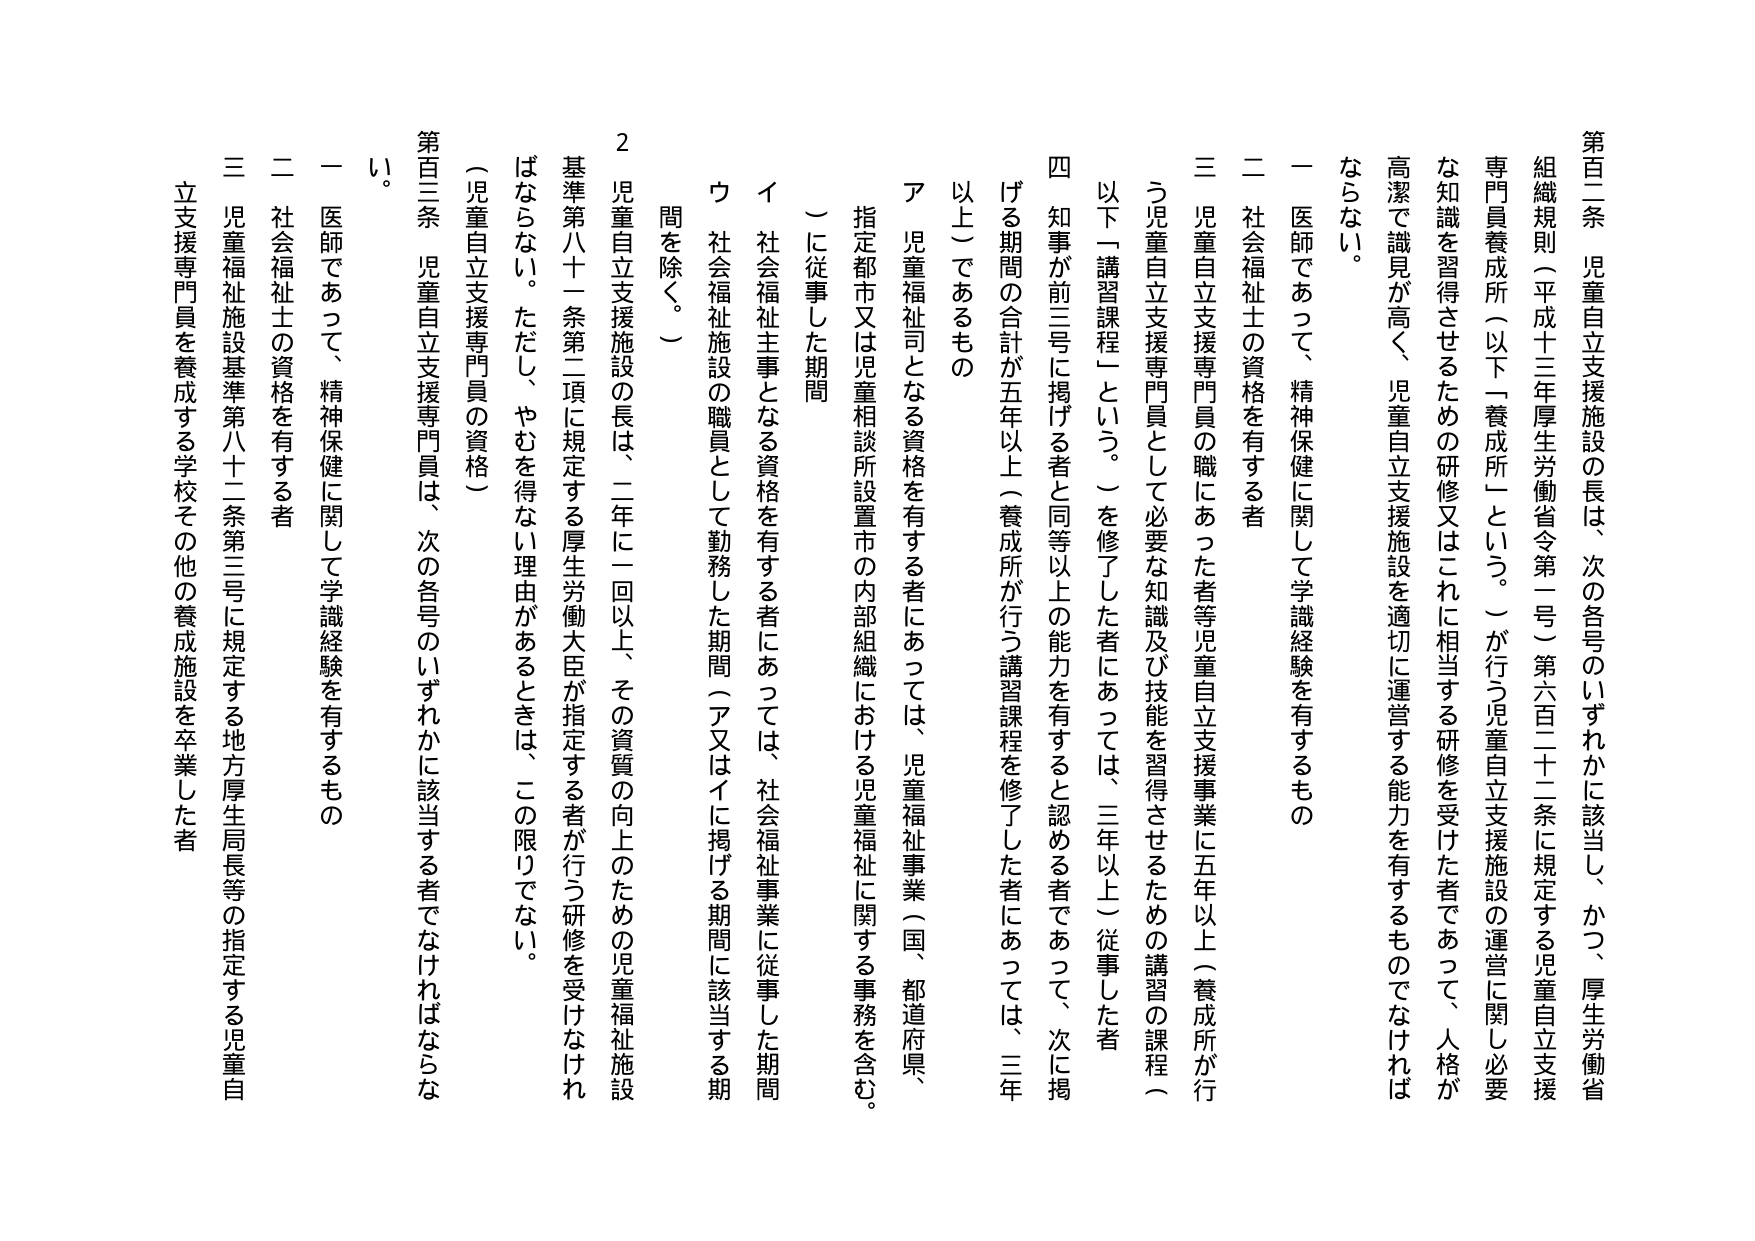
第百二条 児童自立支援施設の長は、次の各号のいずれかに該当し、かつ、厚生労働省
組織規則（平成十三年厚生労働省令第一号）第六百二十二条に規定する児童自立支援
専門員養成所（以下「養成所」という。）が行う児童自立支援施設の運営に関し必要
な知識を習得させるための研修又はこれに相当する研修を受けた者であって、人格が
高潔で識見が高く、児童自立支援施設を適切に運営する能力を有するものでなければ
ならない。
一 医師であって、精神保健に関して学識経験を有するもの
二 社会福祉士の資格を有する者
三 児童自立支援専門員の職にあった者等児童自立支援事業に五年以上（養成所が行
う児童自立支援専門員として必要な知識及び技能を習得させるための講習の課程（
以下「講習課程」という。）を修了した者にあっては、三年以上）従事した者
四 知事が前三号に掲げる者と同等以上の能力を有すると認める者であって、次に掲
げる期間の合計が五年以上（養成所が行う講習課程を修了した者にあっては、三年
以上）であるもの
ア 児童福祉司となる資格を有する者にあっては、児童福祉事業（国、都道府県、
指定都市又は児童相談所設置市の内部組織における児童福祉に関する事務を含む。
）に従事した期間
イ 社会福祉主事となる資格を有する者にあっては、社会福祉事業に従事した期間
ウ 社会福祉施設の職員として勤務した期間（ア又はイに掲げる期間に該当する期
間を除く。）
２ 児童自立支援施設の長は、二年に一回以上、その資質の向上のための児童福祉施設
基準第八十一条第二項に規定する厚生労働大臣が指定する者が行う研修を受けなけれ
ばならない。ただし、やむを得ない理由があるときは、この限りでない。
（児童自立支援専門員の資格）
第百三条 児童自立支援専門員は、次の各号のいずれかに該当する者でなければならな
い。
一 医師であって、精神保健に関して学識経験を有するもの
二 社会福祉士の資格を有する者
三 児童福祉施設基準第八十二条第三号に規定する地方厚生局長等の指定する児童自
立支援専門員を養成する学校その他の養成施設を卒業した者